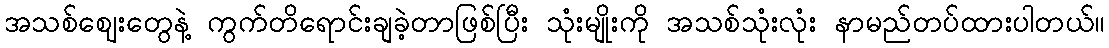
အသစ်ဈေးတွေနဲ့ ကွက်တိရောင်းချခဲ့တာဖြစ်ပြီး သုံးမျိုးကို အသစ်သုံးလုံး နာမည်တပ်ထားပါတယ်။